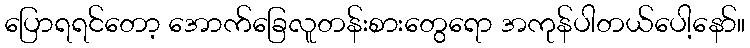
ပြောရရင်တော့ အောက်ခြေလူတန်းစားတွေရော အကုန်ပါတယ်ပေါ့နော်။